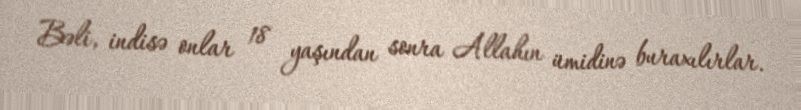
Bəli, indisə onlar 18 yaşından sonra Allahın ümidinə buraxılırlar.